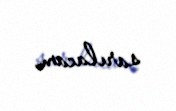
sarılacam.